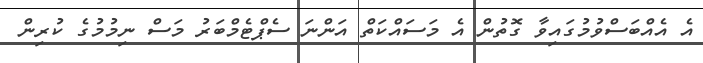
އެ އެއްބަސްވުމުގައިވާ ގޮތުން އެ މަސައްކަތް އަންނަ ސެޕްޓެމްބަރު މަސް ނިމުމުގެ ކުރިން